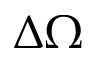
\Delta \Omega